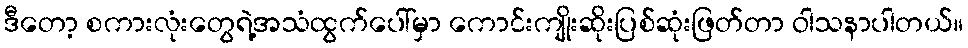
ဒီတော့ စကားလုံးတွေရဲ့အသံထွက်ပေါ်မှာ ကောင်းကျိုးဆိုးပြစ်ဆုံးဖြတ်တာ ဝါသနာပါတယ်။